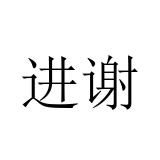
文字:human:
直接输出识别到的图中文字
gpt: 进谢